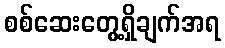
စစ်ဆေးတွေ့ရှိချက်အရ